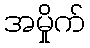
အမှိုက်